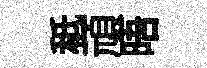
秪頑晤